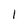
Character: I